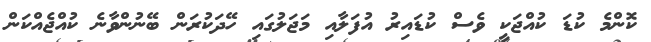
ކޮންމެ ކުޑަ ކުއްޖަކީ ވެސް ކުޑައިރު އުފަލާއި މަޖަލުގައި ހޭދަކުރަން ބޭނުންވާނެ ކުއްޖެއްކަން